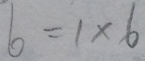
6 = 1 \times 6